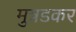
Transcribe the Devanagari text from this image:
मुत्रडकर